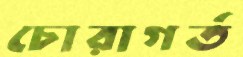
চোরাগর্ত